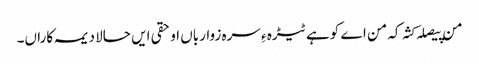
من پیصلہ کثہ کہ من اے کوہے ٹیڑہ ءِ سرہ زوارباں او حقی ایں حالا دیمہ کاراں۔